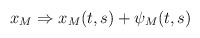
\begin{align*}x_{M}\Rightarrow x_{M}(t,s)+\psi _{M}(t,s)\end{align*}